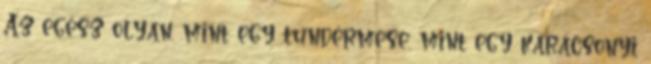
Az egész olyan, mint egy tündérmese, mint egy karácsonyi